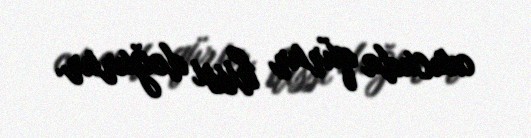
oxucuda qürur hissi doğurur.